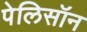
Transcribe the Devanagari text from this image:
पेलिसॉन